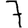
Digit: 7